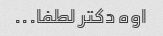
اوه دکتر لطفا...